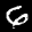
Label: 6